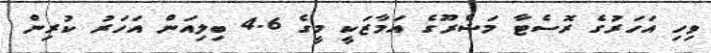
ވިހި އަހަރުގެ ރޮސެޓާ މަޝްރޫގެ އަމާޒަކީ މީގެ 4.6 ބިލިއަން އަހަރު ކުރިން